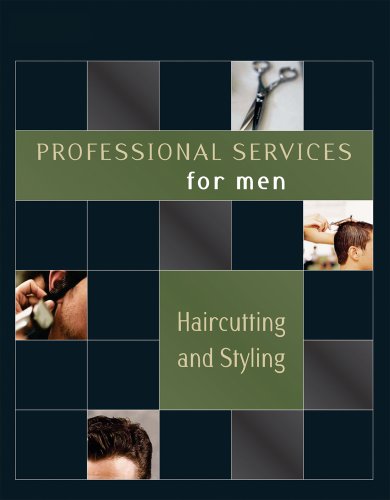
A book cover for Professional Services for Men: Haircutting and Styling; Milady; Health, Fitness & Dieting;